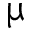
\upmu